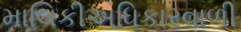
માલિકીઅધિકારવાળી